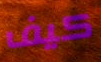
كيف